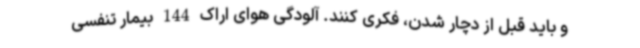
و باید قبل از دچار شدن، فکری کنند. آلودگی هوای اراک 144 بیمار تنفسی